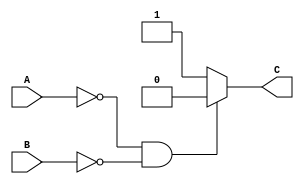
module and_behav(A,B,C);
input A,B;
output C;
reg C;
always@(A or B or C)
begin
    if(A==0 && B==0)
        C=0;
    else
        C=1;
    end
endmodule
module and_behav_tb;
reg A,B;
wire C;
and_behav a1(A,B,C);
initial 
begin
    A=0;B=0;
    $monitor("Time=%0t, A=%b, B=%b, C=%b", $time, A, B, C);
    #10 A=0; B=1;
    #10 A=1; B=0;
    #10 A=1; B=1;
end
endmodule